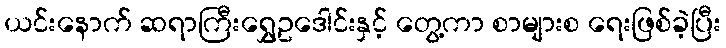
ယင်းနောက် ဆရာကြီးရွှေဥဒေါင်းနှင့် တွေ့ကာ စာများစ ရေးဖြစ်ခဲ့ပြီး